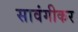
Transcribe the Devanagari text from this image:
सावंगीकर